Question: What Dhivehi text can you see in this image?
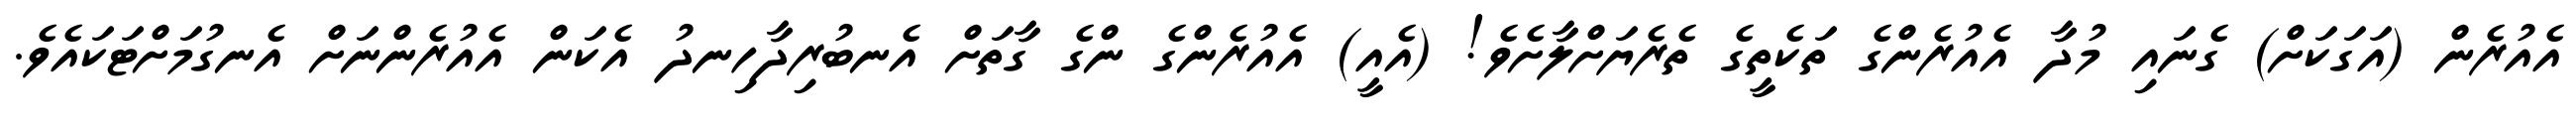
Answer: އެއުރެން (އަގަކަށް) ގެނައި މުދާ އެއުރެންގެ ތަކެތީގެ ތެރެޔަށްލާށެވެ! (އެއީ) އެއުރެންގެ ންގެ ގާތަށް އެނބުރިދާހިނދު އެކަން އެއުރެންނަށް އެނގުމަށްޓަކައެވެ.